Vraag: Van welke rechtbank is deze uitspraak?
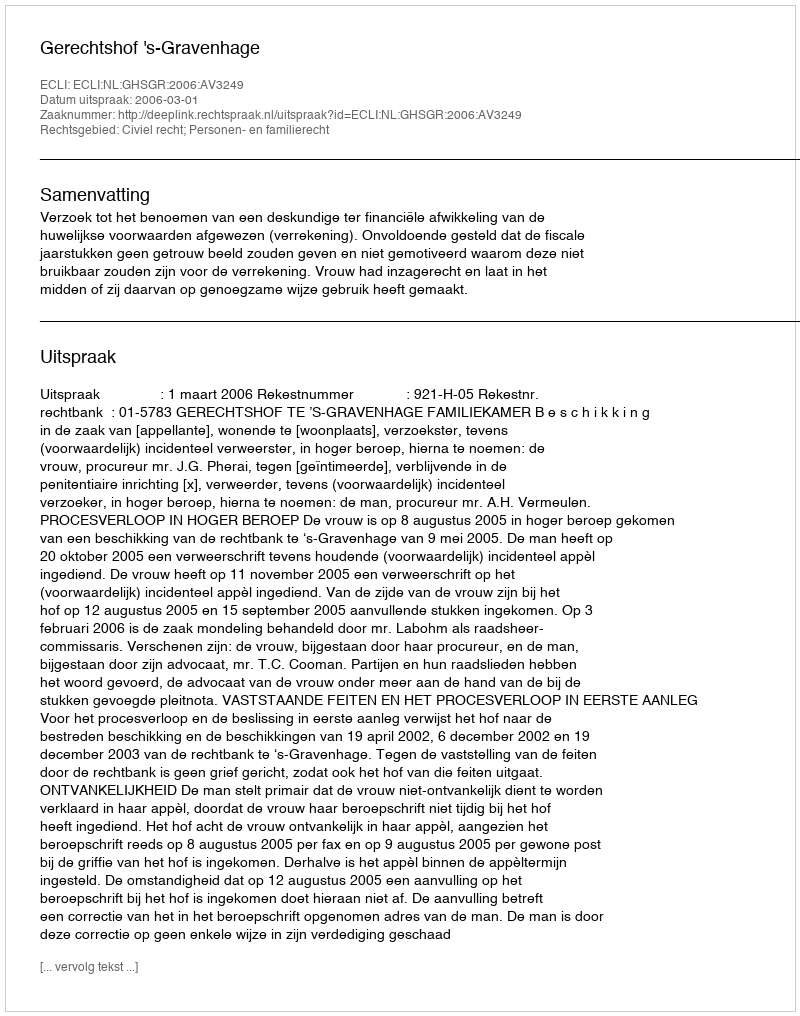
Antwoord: Gerechtshof 's-Gravenhage